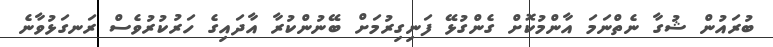
ބުރައުން ޝުގާ ނެތްނަމަ އާންމުކޮށް ގެންގުޅޭ ފަނިގިރުމަށް ބޭނުންކުރާ އާދައިގެ ހަރުކުރުވެސް ރަނގަޅުވާނެ